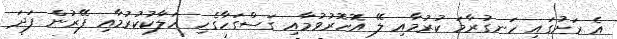
އެ ރަށުގައި ހަނގުރާމަ ކުރުމާއި ލޭ އޮހޮރުވުމާއި ގަސްގަހާގެހި ހަލާކުކުރުމާއި ފޭރުން ފަދަ